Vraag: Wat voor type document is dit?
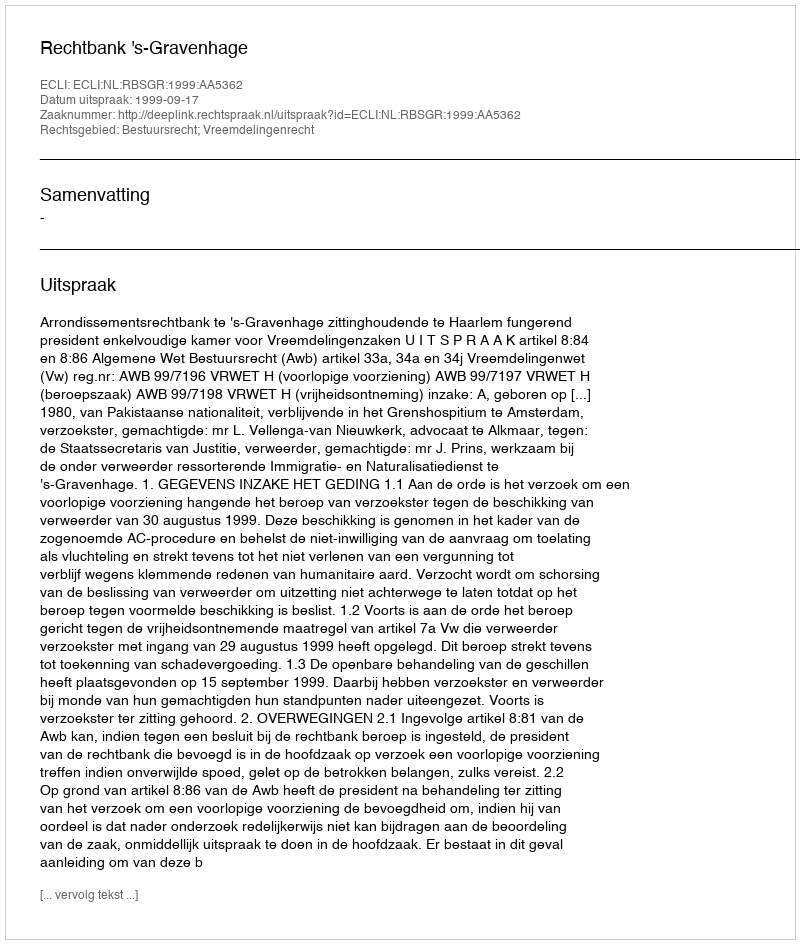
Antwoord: Uitspraak